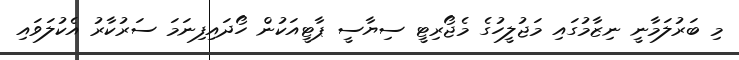
މި ބަރުލަމާނީ ނިޒާމުގައި މަޖުލީހުގެ މެޖޯރިޓީ ސިޔާސީ ޕާޓީއަކުން ހޯދައިފިނަމަ ސަރުކާރު އެކުލަވައި